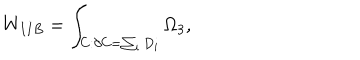
W _ { I I B } = \int _ { C : \partial C = \sum _ { i } D _ { i } } \Omega _ { 3 } ,